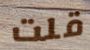
قلت